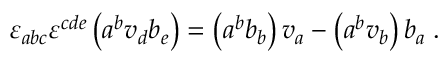
{ \varepsilon } _ { a b c } { \varepsilon } ^ { c d e } \left( a ^ { b } v _ { d } b _ { e } \right) = \left( a ^ { b } b _ { b } \right) v _ { a } - \left( a ^ { b } v _ { b } \right) b _ { a } \; .